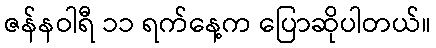
ဇန်နဝါရီ ၁၁ ရက်နေ့က ပြောဆိုပါတယ်။